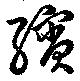
繽